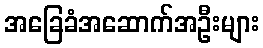
အခြေခံအဆောက်အဦးများ